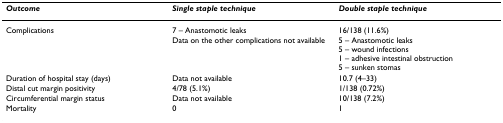
| Outcome | Single staple technique | Double staple technique |
 | --- | --- | --- |
 | Complications | 7 – Anastomotic leaksData on the other complications not available | 16/138 (11.6%)5 – Anastomotic leaks5 – wound infections1 – adhesive intestinal obstruction5 – sunken stomas |
 | Duration of hospital stay (days) | Data not available | 10.7 (4–33) |
 | Distal cut margin positivity | 4/78 (5.1%) | 1/138 (0.72%) |
 | Circumferential margin status | Data not available | 10/138 (7.2%) |
 | Mortality | 0 | 1 |